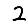
Digit: 2